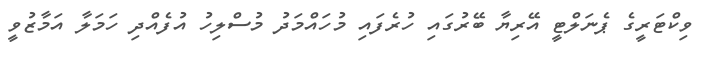
ވިކްޓަރީގެ ޕެނަލްޓީ އޭރިޔާ ބޭރުގައި ހުރެފައި މުހައްމަދު މުސްލިހު އުފެއްދި ހަމަލާ އަމާޒުވީ